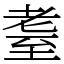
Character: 耋